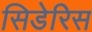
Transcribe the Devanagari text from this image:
सिडेरिस